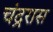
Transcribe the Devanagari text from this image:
चंद्ररास